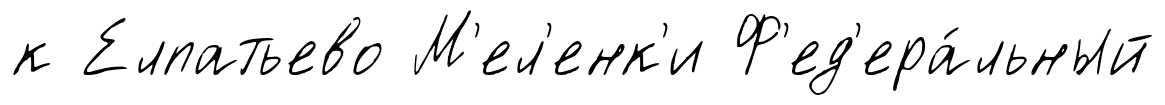
к Елпатьево М'ел'енк'и Ф'ед'ера́льный